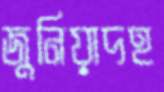
জুনিয়াদহ